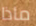
ماذا